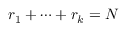
r _ { 1 } + \cdots + r _ { k } = N